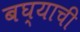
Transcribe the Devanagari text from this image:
बघ्याची